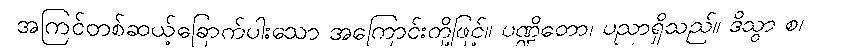
အကြင်တစ်ဆယ့်ခြောက်ပါးသော အကြောင်းတို့ဖြင့်။ ပဏ္ဍိတော၊ ပညာရှိသည်။ ဒိသွာ စ၊